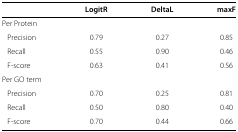
<table><thead><tr><td><b> </b></td><td><b>LogitR</b></td><td><b>DeltaL</b></td><td><b>maxF</b></td></tr></thead><tbody><tr><td>Per Protein</td><td> </td><td> </td><td> </td></tr><tr><td>Precision</td><td>0.79</td><td>0.27</td><td>0.85</td></tr><tr><td>Recall</td><td>0.55</td><td>0.90</td><td>0.46</td></tr><tr><td>F-score</td><td>0.63</td><td>0.41</td><td>0.56</td></tr><tr><td>Per GO term</td><td> </td><td> </td><td> </td></tr><tr><td>Precision</td><td>0.70</td><td>0.25</td><td>0.81</td></tr><tr><td>Recall</td><td>0.50</td><td>0.80</td><td>0.40</td></tr><tr><td>F-score</td><td>0.70</td><td>0.44</td><td>0.66</td></tr></tbody></table>